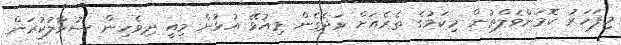
މިފަހަރު ކޮމަންވެލްތުން މިކަމުގެ ތެރެއަށް ވަދެގެން މިއުޅޭ އުޅުން މިއީ ދިވެހިން ސުވާލުކުރަން